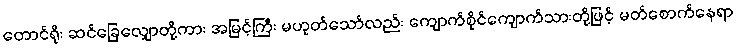
တောင်ရိုး ဆင်ခြေလျှောတို့ကား အမြင့်ကြီး မဟုတ်သော်လည်း ကျောက်စိုင်ကျောက်သားတို့ဖြင့် မတ်စောက်နေရာ